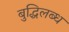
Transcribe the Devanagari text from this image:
बुद्धिलब्ध